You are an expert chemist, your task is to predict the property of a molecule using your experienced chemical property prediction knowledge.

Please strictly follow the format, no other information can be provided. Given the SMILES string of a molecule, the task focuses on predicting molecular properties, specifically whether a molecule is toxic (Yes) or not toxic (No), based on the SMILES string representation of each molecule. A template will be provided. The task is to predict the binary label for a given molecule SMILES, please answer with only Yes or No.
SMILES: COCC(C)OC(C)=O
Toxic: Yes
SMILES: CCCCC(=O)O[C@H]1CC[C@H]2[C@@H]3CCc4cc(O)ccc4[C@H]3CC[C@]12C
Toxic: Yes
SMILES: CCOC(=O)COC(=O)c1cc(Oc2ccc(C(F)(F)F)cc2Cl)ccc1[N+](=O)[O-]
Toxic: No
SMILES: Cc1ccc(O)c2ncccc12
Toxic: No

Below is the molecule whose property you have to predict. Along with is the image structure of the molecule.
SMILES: COC(=O)C1=C(C#N)NC(C)=C(C(=O)OC(C)C)C1c1cccc([N+](=O)[O-])c1
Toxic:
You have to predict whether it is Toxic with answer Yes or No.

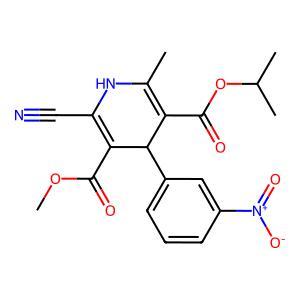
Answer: No